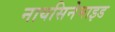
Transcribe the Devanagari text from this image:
नायसिनेमाइड